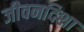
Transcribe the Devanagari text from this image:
जीवनदिशा